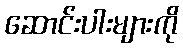
ဆောင်းပါးများကို